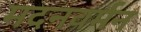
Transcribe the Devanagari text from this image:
मदनवर्मन